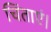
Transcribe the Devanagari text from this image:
चिंताएं।